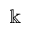
\mathbb { k }